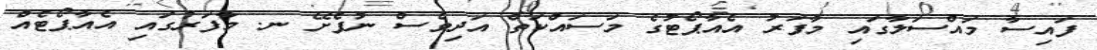
ފައިސާ މައްސަލާގައި މާފަރު އެއާޕޯޓުގެ މަސައްކަތް އަދިވެސް ނުފެށޭ ނ. މާފަރުގައި އެއާޕޯޓެއް